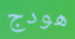
هودج